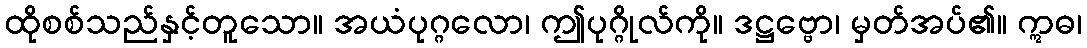
ထိုစစ်သည်နှင့်တူသော။ အယံပုဂ္ဂလော၊ ဤပုဂ္ဂိုလ်ကို။ ဒဋ္ဌဗ္ဗော၊ မှတ်အပ်၏။ ဣဓ၊